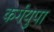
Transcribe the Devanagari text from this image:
कर्गयुपा